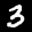
Label: 3